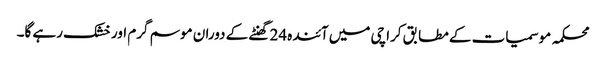
محکمہ موسمیات کے مطابق کراچی میں آئندہ 24 گھنٹے کے دوران موسم گرم اور خشک رہے گا۔